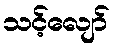
သင့်လျော်